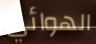
الهوائي